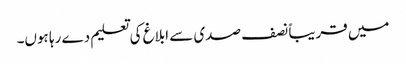
میں قریباً نصف صدی سے ابلاغ کی تعلیم دے رہا ہوں۔